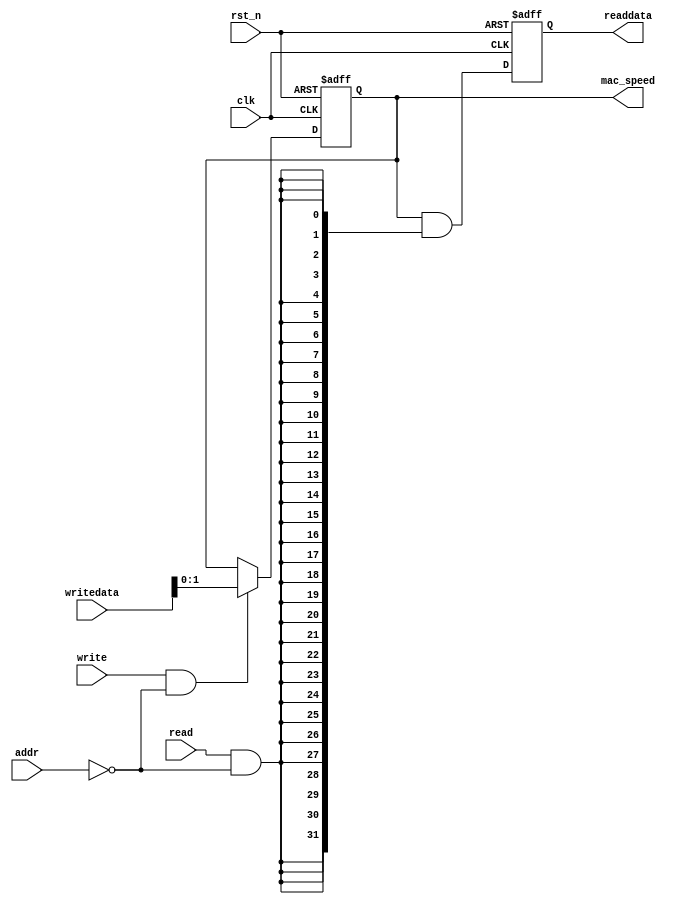
// (C) 2001-2017 Intel Corporation. All rights reserved.
// Your use of Intel Corporation's design tools, logic functions and other 
// software and tools, and its AMPP partner logic functions, and any output 
// files any of the foregoing (including device programming or simulation 
// files), and any associated documentation or information are expressly subject 
// to the terms and conditions of the Intel Program License Subscription 
// Agreement, Intel MegaCore Function License Agreement, or other applicable 
// license agreement, including, without limitation, that your use is for the 
// sole purpose of programming logic devices manufactured by Intel and sold by 
// Intel or its authorized distributors.  Please refer to the applicable 
// agreement for further details.


`timescale 1 ps / 1 ps
module altera_hps_emac_interface_splitter_csr (
    input               clk,
    input               rst_n,
    input               addr,
    input               read,
    input               write,
    input [31:0]        writedata,

    output reg [31:0]   readdata,
    output [1:0]        mac_speed

);

reg [1:0]       ctrl;

wire            ctrl_address_decode;
wire            ctrl_write_en;
wire            ctrl_read_en;
wire [31:0]     readdata_internal;
wire [31:0]     ctrl_readdata_internal;

// address decode
assign ctrl_address_decode  = (addr == 1'b0);

// write decode
assign ctrl_write_en        = write & ctrl_address_decode;
    
// read decode
assign ctrl_read_en         = read & ctrl_address_decode;

// register implementation
always @(posedge clk or negedge rst_n) begin
    if (!rst_n)
        ctrl    <= 2'h0;
    else if (ctrl_write_en)
        ctrl    <= writedata[1:0];
end

assign ctrl_readdata_internal = {30'h0, ctrl};

// readdata path
assign readdata_internal = ctrl_readdata_internal & {32{ctrl_read_en}};

always @(posedge clk or negedge rst_n) begin
    if (!rst_n)
        readdata    <= 32'h0;
    else
        readdata    <= readdata_internal;
end


// Outputs assignment
assign mac_speed = ctrl[1:0];

endmodule